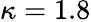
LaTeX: \kappa=1.8